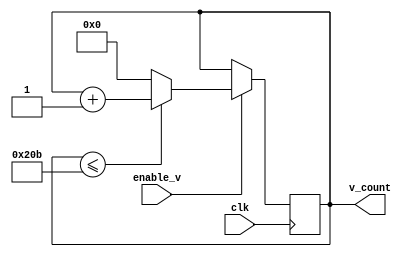
module v_count(clk,v_count,enable_v);
  input clk;
  output [9:0] v_count;
  input enable_v;
  reg [9:0] v_count;
  initial v_count=0;
  
   always @(posedge clk)
  begin
    if (enable_v==1) // our first if condition would be to check if the enabled bit is on other wise we dont do anything therefore no else condition
      begin
        if (v_count <= 523) // we use 523 instead of 524 since binary starts with 0
   			begin
     			v_count <= v_count +1;
    		end
      else
        begin
        	v_count <= 0;
      	end
  	end
  end
endmodule